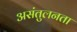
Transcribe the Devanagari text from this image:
असंतुलनता